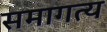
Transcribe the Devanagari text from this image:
समागत्य